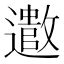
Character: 𫑍